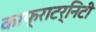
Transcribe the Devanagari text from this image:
काफ्राटर्निटी